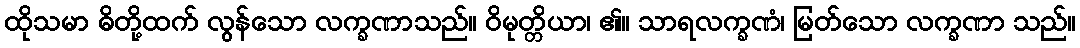
ထိုသမာ ဓိတို့ထက် လွန်သော လက္ခဏာသည်။ ဝိမုတ္တိယာ၊ ၏။ သာရလက္ခဏံ၊ မြတ်သော လက္ခဏာ သည်။